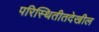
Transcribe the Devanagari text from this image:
परिस्थितीतदेखील